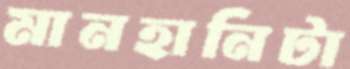
মানহানিটা